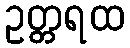
ဥတ္တရထ